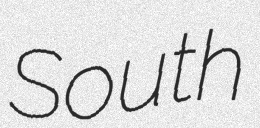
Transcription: South